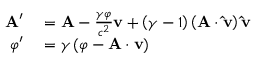
\begin{array} { r l } { \mathbf { A } ^ { \prime } } & { { } = \mathbf { A } - { \frac { \gamma \varphi } { c ^ { 2 } } } \mathbf { v } + \left( \gamma - 1 \right) \left( \mathbf { A } \cdot \mathbf { \hat { v } } \right) \mathbf { \hat { v } } } \\ { \varphi ^ { \prime } } & { { } = \gamma \left( \varphi - \mathbf { A } \cdot \mathbf { v } \right) } \end{array}